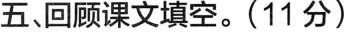
五、回顾课文填空。(11分)